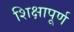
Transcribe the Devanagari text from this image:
शिक्षापूर्ण